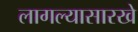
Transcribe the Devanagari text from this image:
लागल्यासारखे